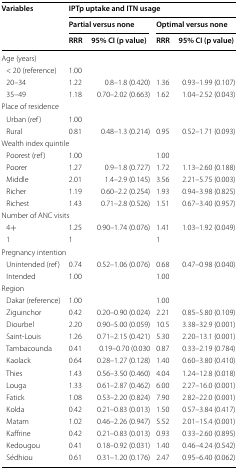
<table><thead><tr><td rowspan="3"><b>Variables</b></td><td colspan="4"><b>IPTp uptake and ITN usage</b></td></tr><tr><td colspan="2"><b>Partial versus none</b></td><td colspan="2"><b>Optimal versus none</b></td></tr><tr><td><b>RRR</b></td><td><b>95% CI (p value)</b></td><td><b>RRR</b></td><td><b>95% CI (p value)</b></td></tr></thead><tbody><tr><td colspan="5">Age (years)</td></tr><tr><td> &lt; 20 (reference)</td><td>1.00</td><td></td><td></td><td></td></tr><tr><td> 20–34</td><td>1.22</td><td>0.8–1.8 (0.420)</td><td>1.36</td><td>0.93–1.99 (0.107)</td></tr><tr><td> 35–49</td><td>1.18</td><td>0.70–2.02 (0.663)</td><td>1.62</td><td>1.04–2.52 (0.043)</td></tr><tr><td colspan="5">Place of residence</td></tr><tr><td> Urban (ref)</td><td>1.00</td><td></td><td></td><td></td></tr><tr><td> Rural</td><td>0.81</td><td>0.48–1.3 (0.214)</td><td>0.95</td><td>0.52–1.71 (0.093)</td></tr><tr><td colspan="5">Wealth index quintile</td></tr><tr><td> Poorest (ref)</td><td>1.00</td><td></td><td>1.00</td><td></td></tr><tr><td> Poorer</td><td>1.27</td><td>0.9–1.8 (0.727)</td><td>1.72</td><td>1.13–2.60 (0.188)</td></tr><tr><td> Middle</td><td>2.01</td><td>1.4–2.9 (0.145)</td><td>3.56</td><td>2.21–5.75 (0.003)</td></tr><tr><td> Richer</td><td>1.19</td><td>0.60–2.2 (0.254)</td><td>1.93</td><td>0.94–3.98 (0.825)</td></tr><tr><td> Richest</td><td>1.43</td><td>0.71–2.8 (0.526)</td><td>1.51</td><td>0.67–3.40 (0.957)</td></tr><tr><td colspan="5">Number of ANC visits</td></tr><tr><td> 4+</td><td>1.25</td><td>0.90–1.74 (0.076)</td><td>1.41</td><td>1.03–1.92 (0.049)</td></tr><tr><td> 1</td><td>1</td><td></td><td>1</td><td></td></tr><tr><td colspan="5">Pregnancy intention</td></tr><tr><td> Unintended (ref)</td><td>0.74</td><td>0.52–1.06 (0.076)</td><td>0.68</td><td>0.47–0.98 (0.040)</td></tr><tr><td> Intended</td><td>1.00</td><td></td><td>1.00</td><td></td></tr><tr><td colspan="5">Region</td></tr><tr><td> Dakar (reference)</td><td>1.00</td><td></td><td>1.00</td><td></td></tr><tr><td> Ziguinchor</td><td>0.42</td><td>0.20–0.90 (0.024)</td><td>2.21</td><td>0.85–5.80 (0.109)</td></tr><tr><td> Diourbel</td><td>2.20</td><td>0.90–5.00 (0.059)</td><td>10.5</td><td>3.38–32.9 (0.001)</td></tr><tr><td> Saint-Louis</td><td>1.26</td><td>0.71–2.15 (0.421)</td><td>5.30</td><td>2.20–13.1 (0.001)</td></tr><tr><td> Tambacounda</td><td>0.41</td><td>0.19–0.70 (0.030</td><td>0.87</td><td>0.33–2.19 (0.784)</td></tr><tr><td> Kaolack</td><td>0.64</td><td>0.28–1.27 (0.128)</td><td>1.40</td><td>0.60–3.80 (0.410)</td></tr><tr><td> Thies</td><td>1.43</td><td>0.56–3.50 (0.460)</td><td>4.04</td><td>1.24–12.8 (0.018)</td></tr><tr><td> Louga</td><td>1.33</td><td>0.61–2.87 (0.462)</td><td>6.00</td><td>2.27–16.0 (0.001)</td></tr><tr><td> Fatick</td><td>1.08</td><td>0.53–2.20 (0.824)</td><td>7.90</td><td>2.82–22.0 (0.001)</td></tr><tr><td> Kolda</td><td>0.42</td><td>0.21–0.83 (0.013)</td><td>1.50</td><td>0.57–3.84 (0.417)</td></tr><tr><td> Matam</td><td>1.02</td><td>0.46–2.26 (0.947)</td><td>5.52</td><td>2.01–15.4 (0.001)</td></tr><tr><td> Kaffrine</td><td>0.42</td><td>0.21–0.83 (0.013)</td><td>0.93</td><td>0.33–2.60 (0.895)</td></tr><tr><td> Kedougou</td><td>0.41</td><td>0.18–0.92 (0.031)</td><td>1.40</td><td>0.46–4.24 (0.542)</td></tr><tr><td> Sédhiou</td><td>0.61</td><td>0.31–1.20 (0.176)</td><td>2.47</td><td>0.95–6.40 (0.062)</td></tr></tbody></table>